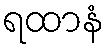
ရထာနံ